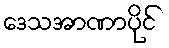
ဒေသအာဏာပိုင်